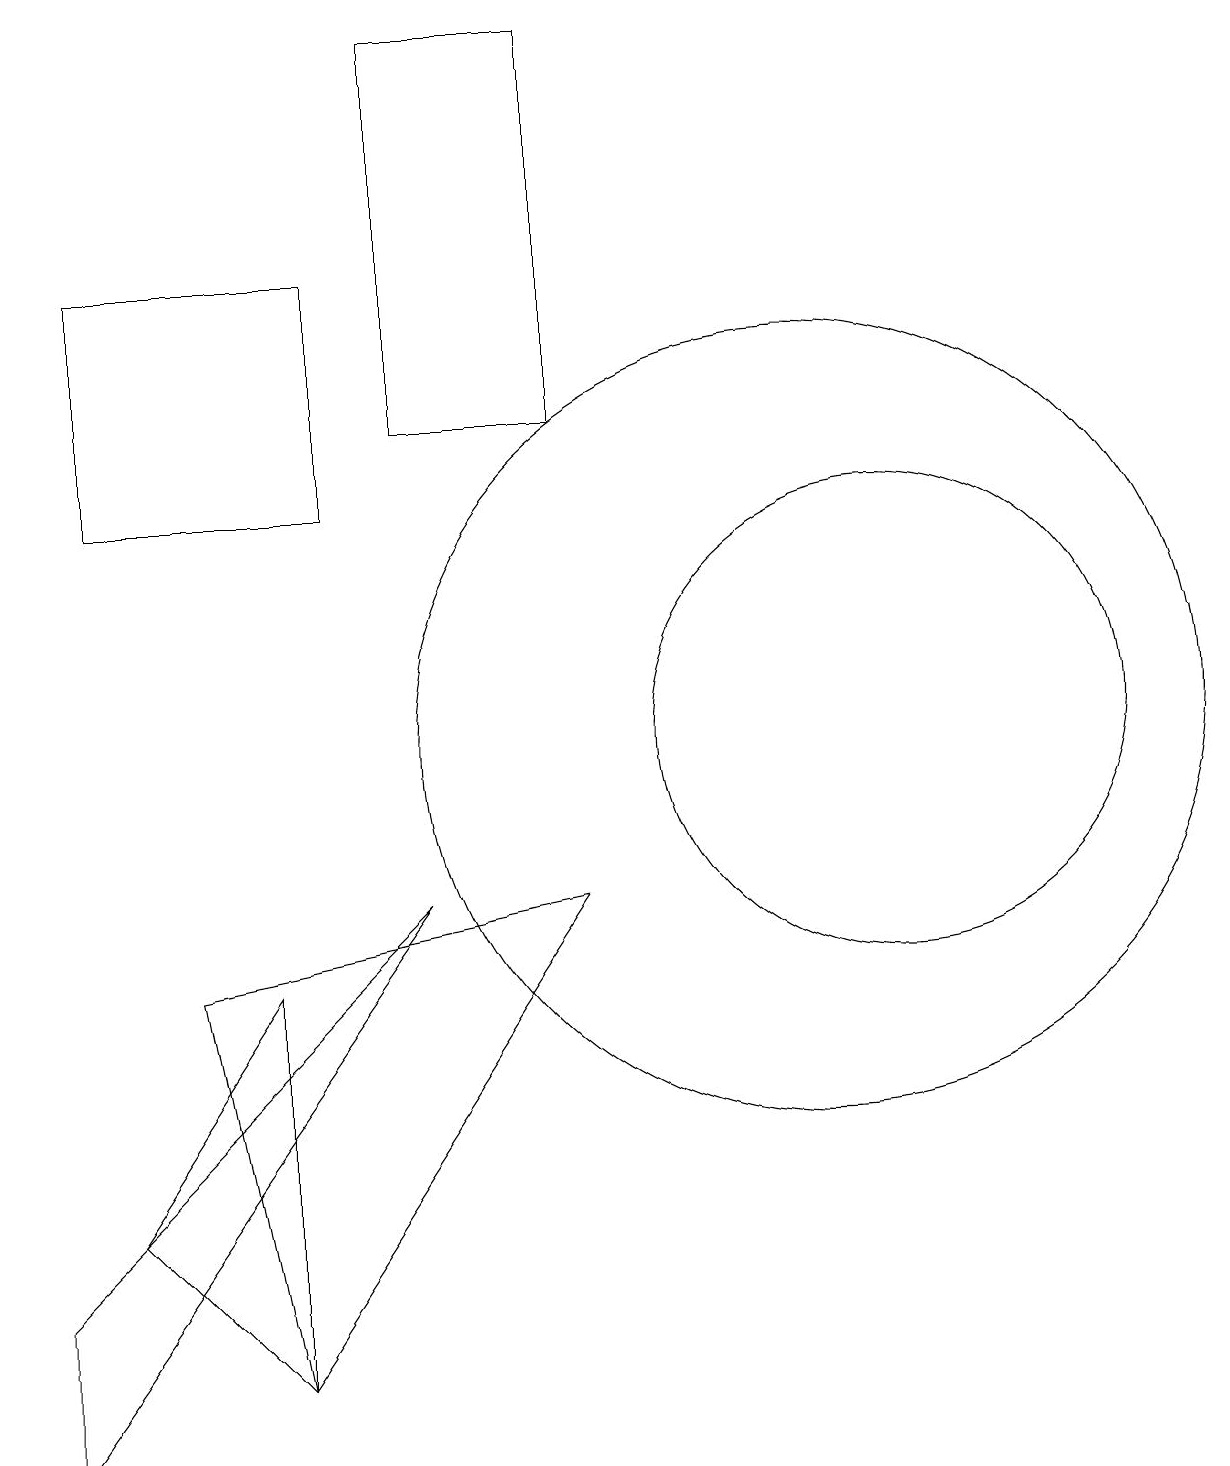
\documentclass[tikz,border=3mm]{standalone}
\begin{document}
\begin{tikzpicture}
\draw (5,8) -- (0,1) -- (0,3) -- cycle;
\draw (5,14) rectangle (7,19);
\draw (1,13) rectangle (4,16);
\draw (3,2) -- (2,7) -- (7,8) -- cycle;
\draw (1,4) -- (3,2) -- (3,7) -- cycle;
\draw (10,10) circle (5);
\draw (11,10) circle (3);
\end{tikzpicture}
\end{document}